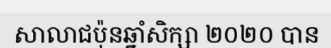
សាលាជប៉ុនឆ្នាំសិក្សា ២០២០ បាន